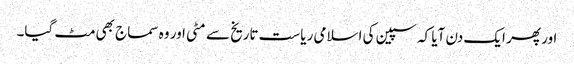
اور پھر ایک دن آیا کہ سپین کی اسلامی ریاست تاریخ سے مٹی اور وہ سماج بھی مٹ گیا۔